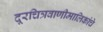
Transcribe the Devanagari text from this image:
दूरचित्रवाणीमालिकांचे